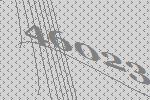
46023